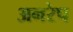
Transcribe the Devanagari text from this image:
अनरेप